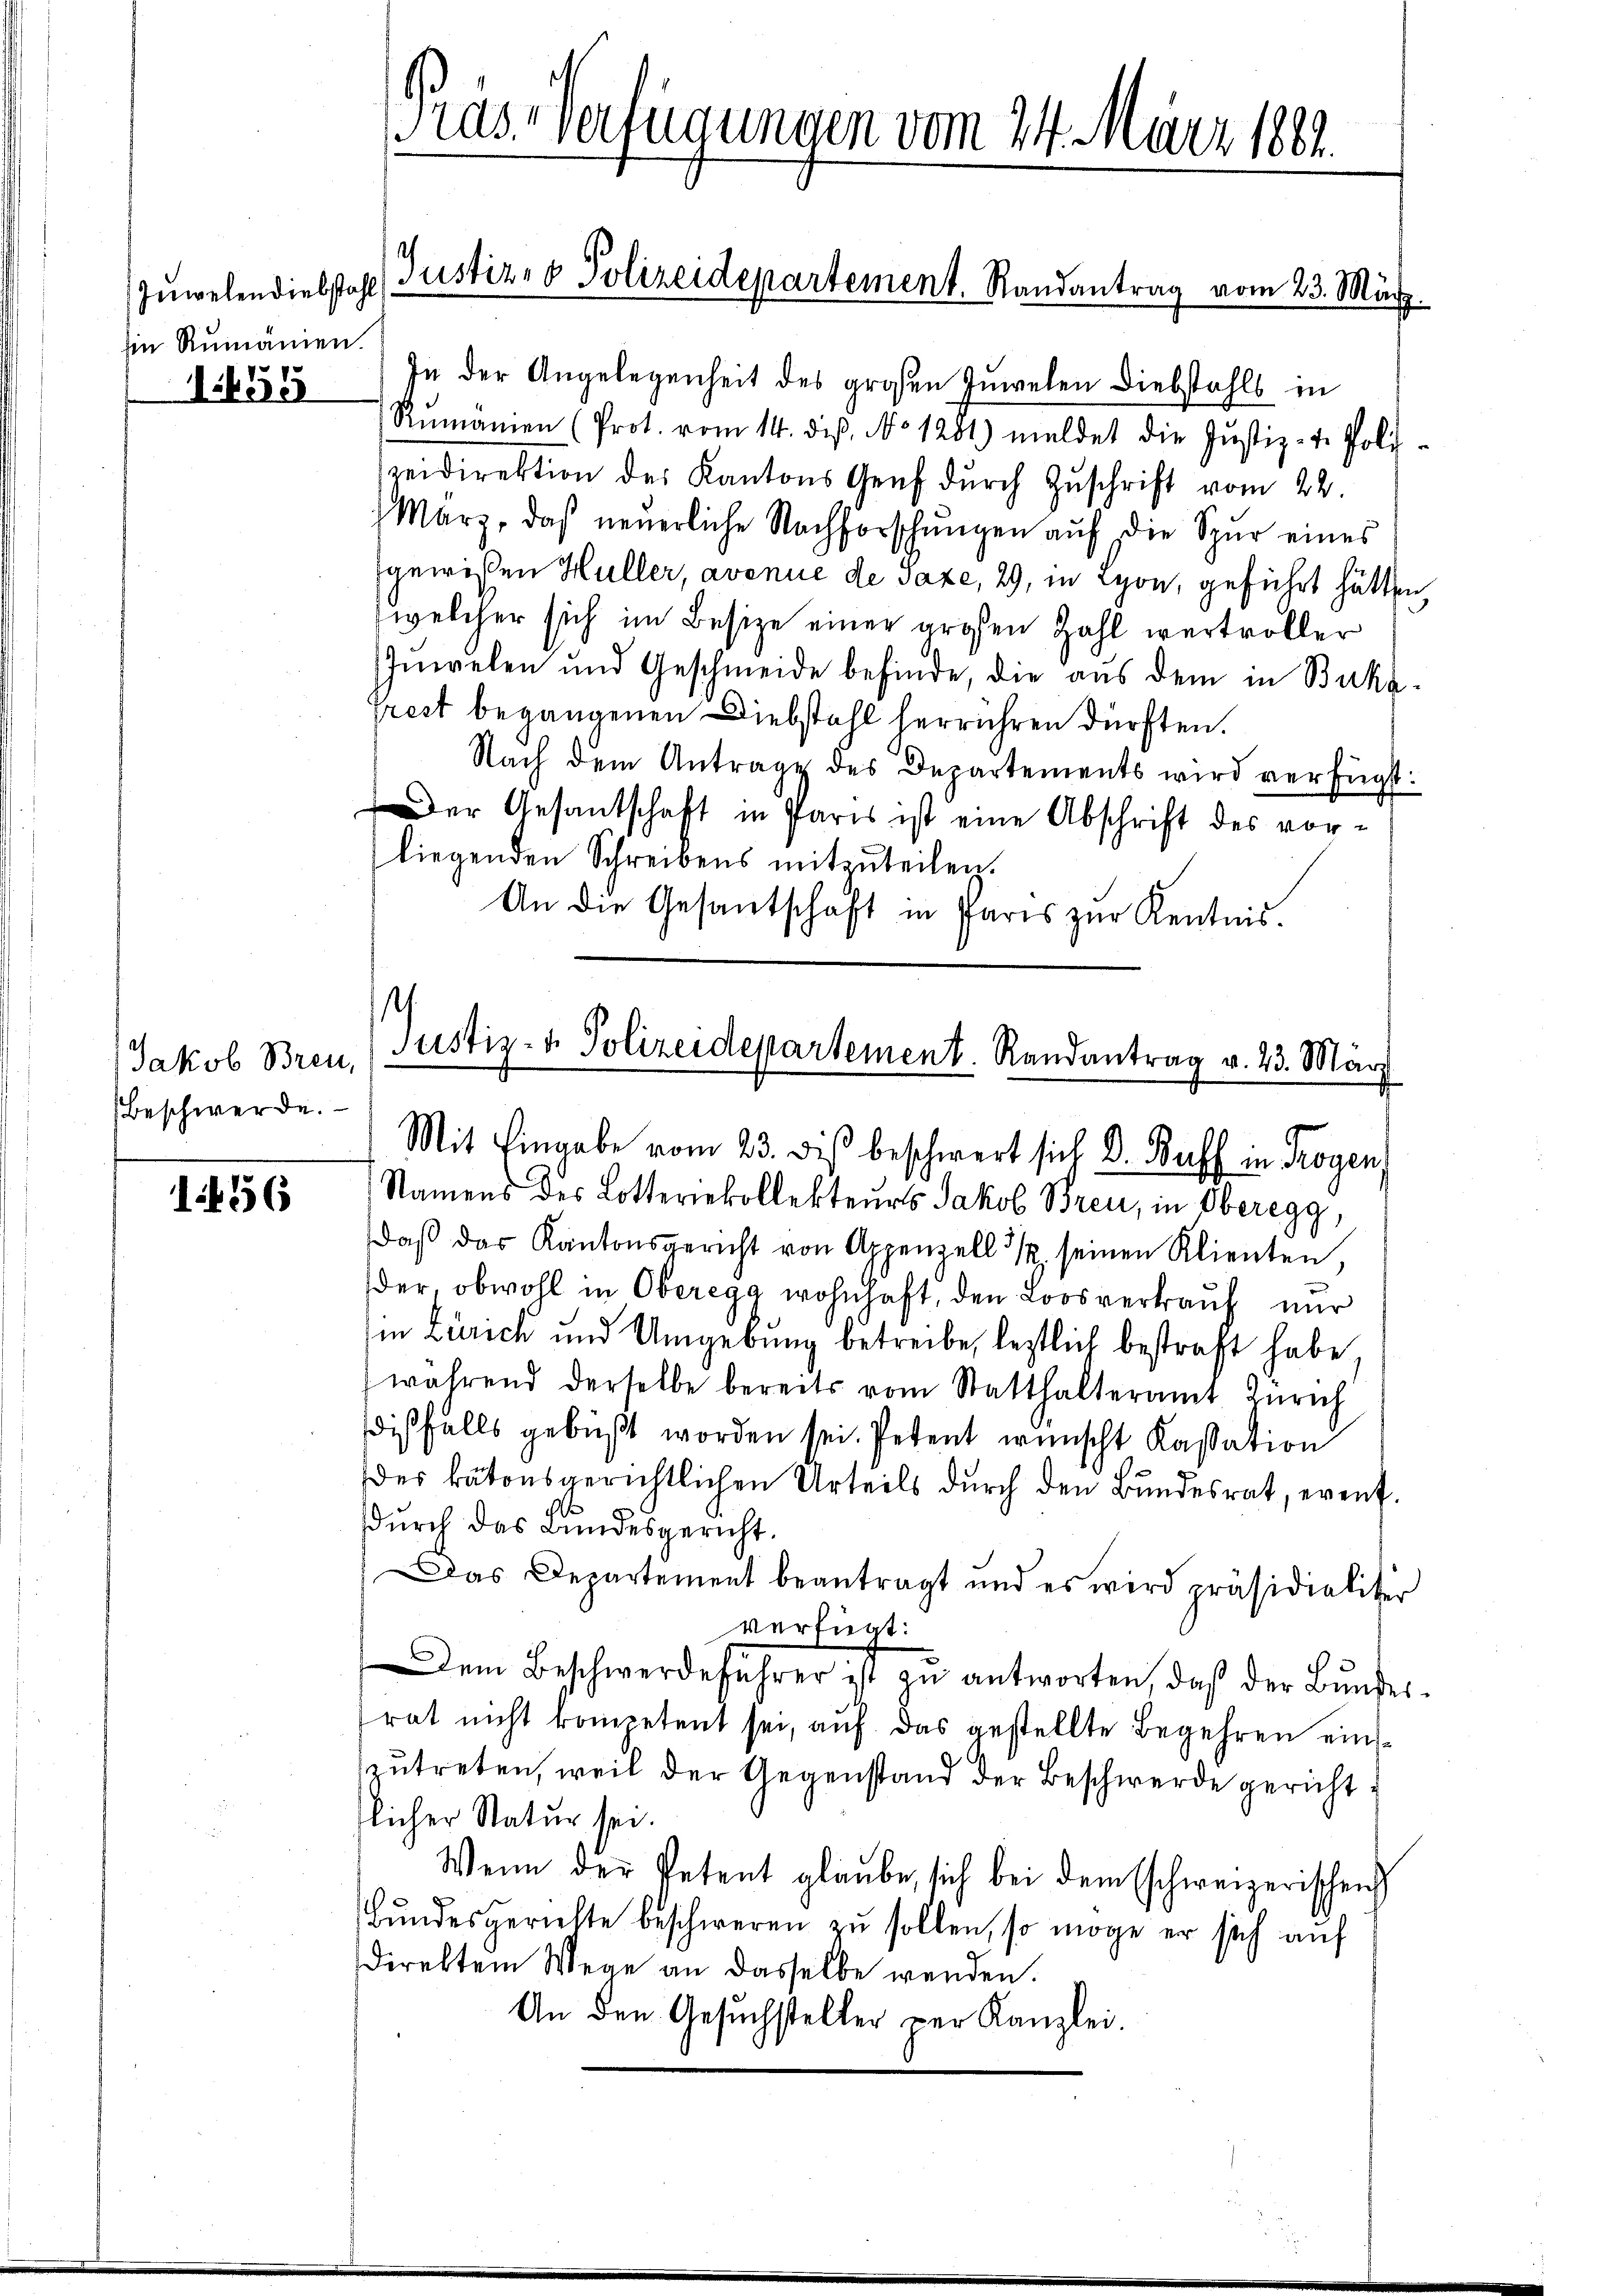
Ein Rumänien.
1655

Jakob Breu,
Beschwerde.

1456

ras. verfügungen vom 24. März 1881.
Zŭwelendiebstahls Justiz- & Polizeidepartement. Randantrag vom 23. März.

In der Angelegenheit des großen Juwelen Diebstahls in
Rŭmänien (Prot. vom 14. diβ, No 1281) meldet die Justiz- u. Poli-
zeidirektion des Kantons Genf dŭrch Zŭschrift vom 22.
März, das neŭerliche Nachforschŭngen aŭf die Spur eines
gewißen Hüller, avenue de Taxe, 29, in Lyon, geführt hätten.
welcher sich im Besize einer großen Zahl wertvoller
Inwelen und Geschmeide befinde, die aus dem in Buká¬
Trest begangenen Diebstahl herrühren dürften.
Nach dem Antrage des Departements wird verfügt:
Der Gesantschaft in Paris ist eine Abschrift des vorliegenden Schreibens mitzŭteilen.
An die Gesantschaft in Paris zur Kenntnis.

.
Justiz- & Polizeidepartement. Randantrag v. 23. März
Mit Eingabe vom 23. dis beschwert sich Dr. Baff in Trogen,

Namens des Lotteriekollekteurs Jakob Brei, in Oberegg,
daβ das Kantonsgericht von Appenzell 3/ seinen Klienten,
der, obwohl in Oberegg wohnhaft, den Loosverkauf nur
in Zürich und Umgebung betreibe, lestlich bestraft habe.
während derselbe bereits vom Statthalteramt Zürich
dißfalls gebüßt worden sei. Petent wünscht Kassation
der katonsgerichtlichen Urteils durch den Bundesrat, event.
dŭrch das Bundesgericht.
Das Departement beantragt und es wird präsidialiter
verfügt:
Dem Beschwerdeführer ist zŭ antworten, daß der Bŭndes-
rat nicht kompetent sei, auf das gestellte Begehren einzutreten, weil der Gegenstand der Beschwerde gericht
tlicher Natur sei.
Wenn der Petent glaube, sich bei dem Eschweizerischen
Bŭndesgerichte beschweren zŭ sollen, so möge er sich auf
direktem Wege an dasselbe werden.
An den Gesuchsteller ver Kanzlei.